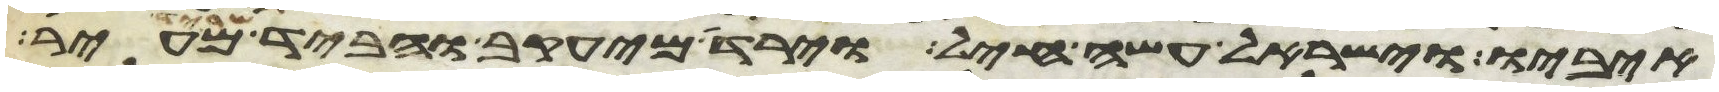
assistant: איביו וישראל עשה חיל וירד מיעקב והאביד שריד מעיר